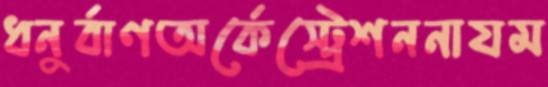
ধনুর্বাণঅর্কেস্ট্রেশননাযম